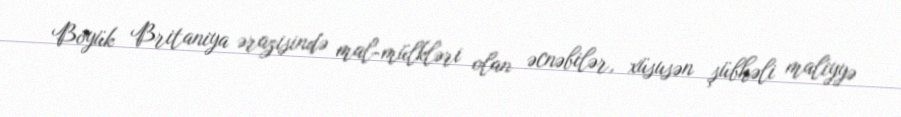
Böyük Britaniya ərazisində mal-mülkləri olan əcnəbilər, xüsusən şübhəli maliyyə